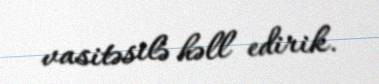
vasitəsilə həll edirik.